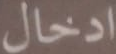
ادخال